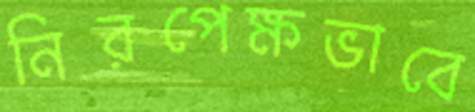
নিরপেক্ষভাবে